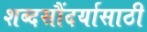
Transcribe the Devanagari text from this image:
शब्दसौंदर्यासाठी